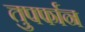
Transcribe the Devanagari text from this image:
तुपर्फान